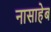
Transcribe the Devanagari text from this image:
नासाहेब